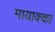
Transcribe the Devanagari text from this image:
मायाक्का